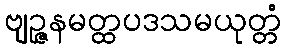
ဗျဉ္ဇနမတ္ထပဒသမယုတ္တံ